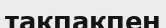
тақпақпен